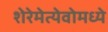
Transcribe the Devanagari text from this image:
शेरेमेत्येवोमध्ये